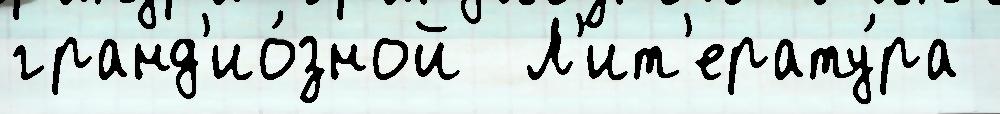
гранд'ио́зной  Л'ит'ерату́ра